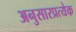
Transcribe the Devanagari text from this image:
अनुसारप्रत्येक